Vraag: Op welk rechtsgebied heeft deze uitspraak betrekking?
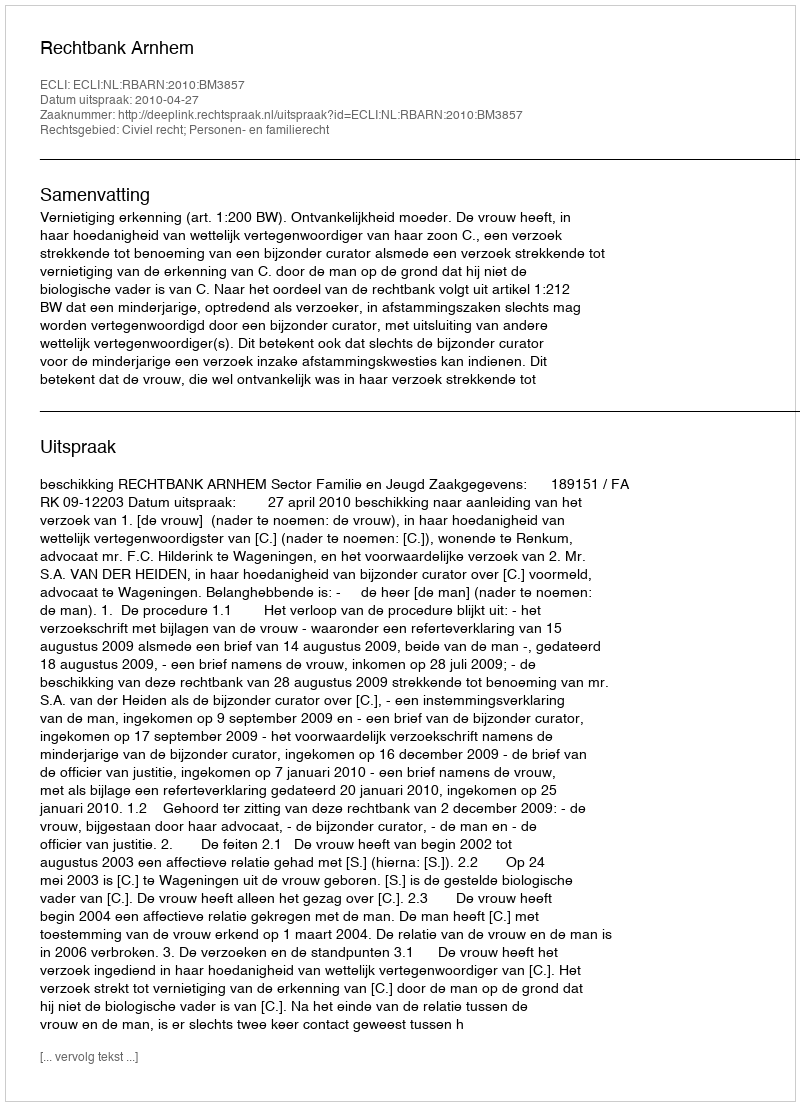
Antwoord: Civiel recht; Personen- en familierecht